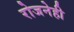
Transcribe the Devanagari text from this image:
रोजनेही